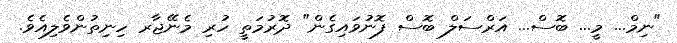
"ނިމް... މީ... ބޮސް... އަރްސަލް ބޮސް ފޮނުވައިގެން" ދޮރުމަތީ ހުރި މެނޭޖާރ ހިނިތުންވެލިއެވެ.